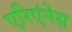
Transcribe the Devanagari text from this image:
एरिएंनेस